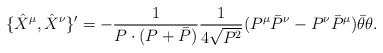
\begin{align*}\{\hat X^\mu,\hat X^\nu\}' =-\frac{1}{P\cdot(P+\bar P)}\frac{1}{4\sqrt{P^2}}(P^\mu \bar{P}^\nu-P^\nu \bar{P}^\mu ) \bar{\theta}\theta .\end{align*}